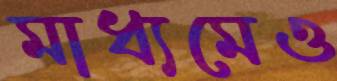
মাধ্যমেও